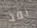
نفذ